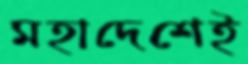
মহাদেশেই